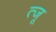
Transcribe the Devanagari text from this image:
त्जू